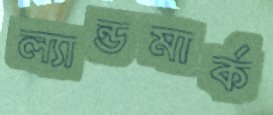
ল্যান্ডমার্ক